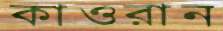
কাওরান